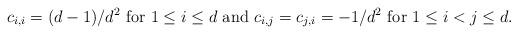
LaTeX: \begin{align*} c_{i,i} = (d-1)/d^2 \mbox{ for $1 \leq i \leq d$ and }c_{i,j} = c_{j,i} = - 1/d^2 \mbox{ for $1 \leq i<j \leq d$.}\end{align*}